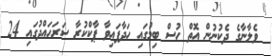
ވެލާނާގެ ދެކުނުން އޮތް ހުސް ބިމުގައި ހަދާފައިވާ ޕާކްކުރާ ސަރަހައްދުގައި 24